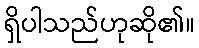
ရှိပါသည်ဟုဆို၏။